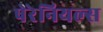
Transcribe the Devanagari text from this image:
पेरेनियल्स